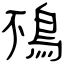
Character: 鴀